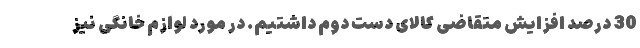
30 درصد افزایش متقاضی کالای دست دوم داشتیم. در مورد لوازم خانگی نیز